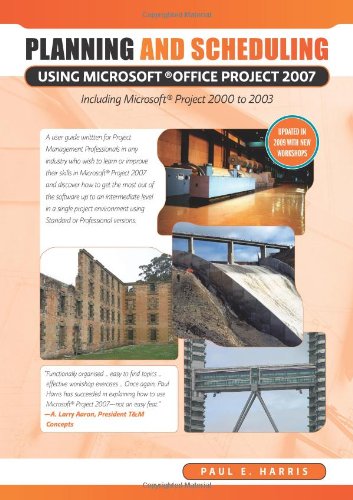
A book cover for Planning and Scheduling Using Microsoft Office Project 2007 Including Microsoft Project 2000 to 2003; Paul E. Harris; Computers & Technology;